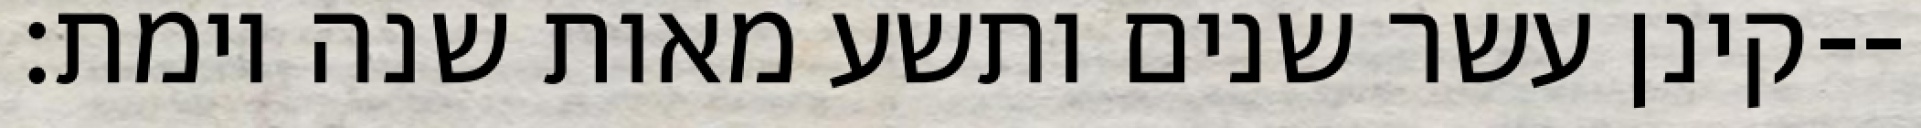
קינן עשר שנים ותשע מאות שנה וימת׃--